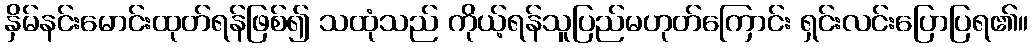
နှိမ်နင်းမောင်းထုတ်ရန်ဖြစ်၍ သထုံသည် ကိုယ့်ရန်သူပြည်မဟုတ်ကြောင်း ရှင်းလင်းပြောပြရ၏။